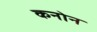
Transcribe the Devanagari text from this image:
कनोन